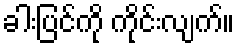
ခါးပြင်ကို ကိုင်းလျက်။